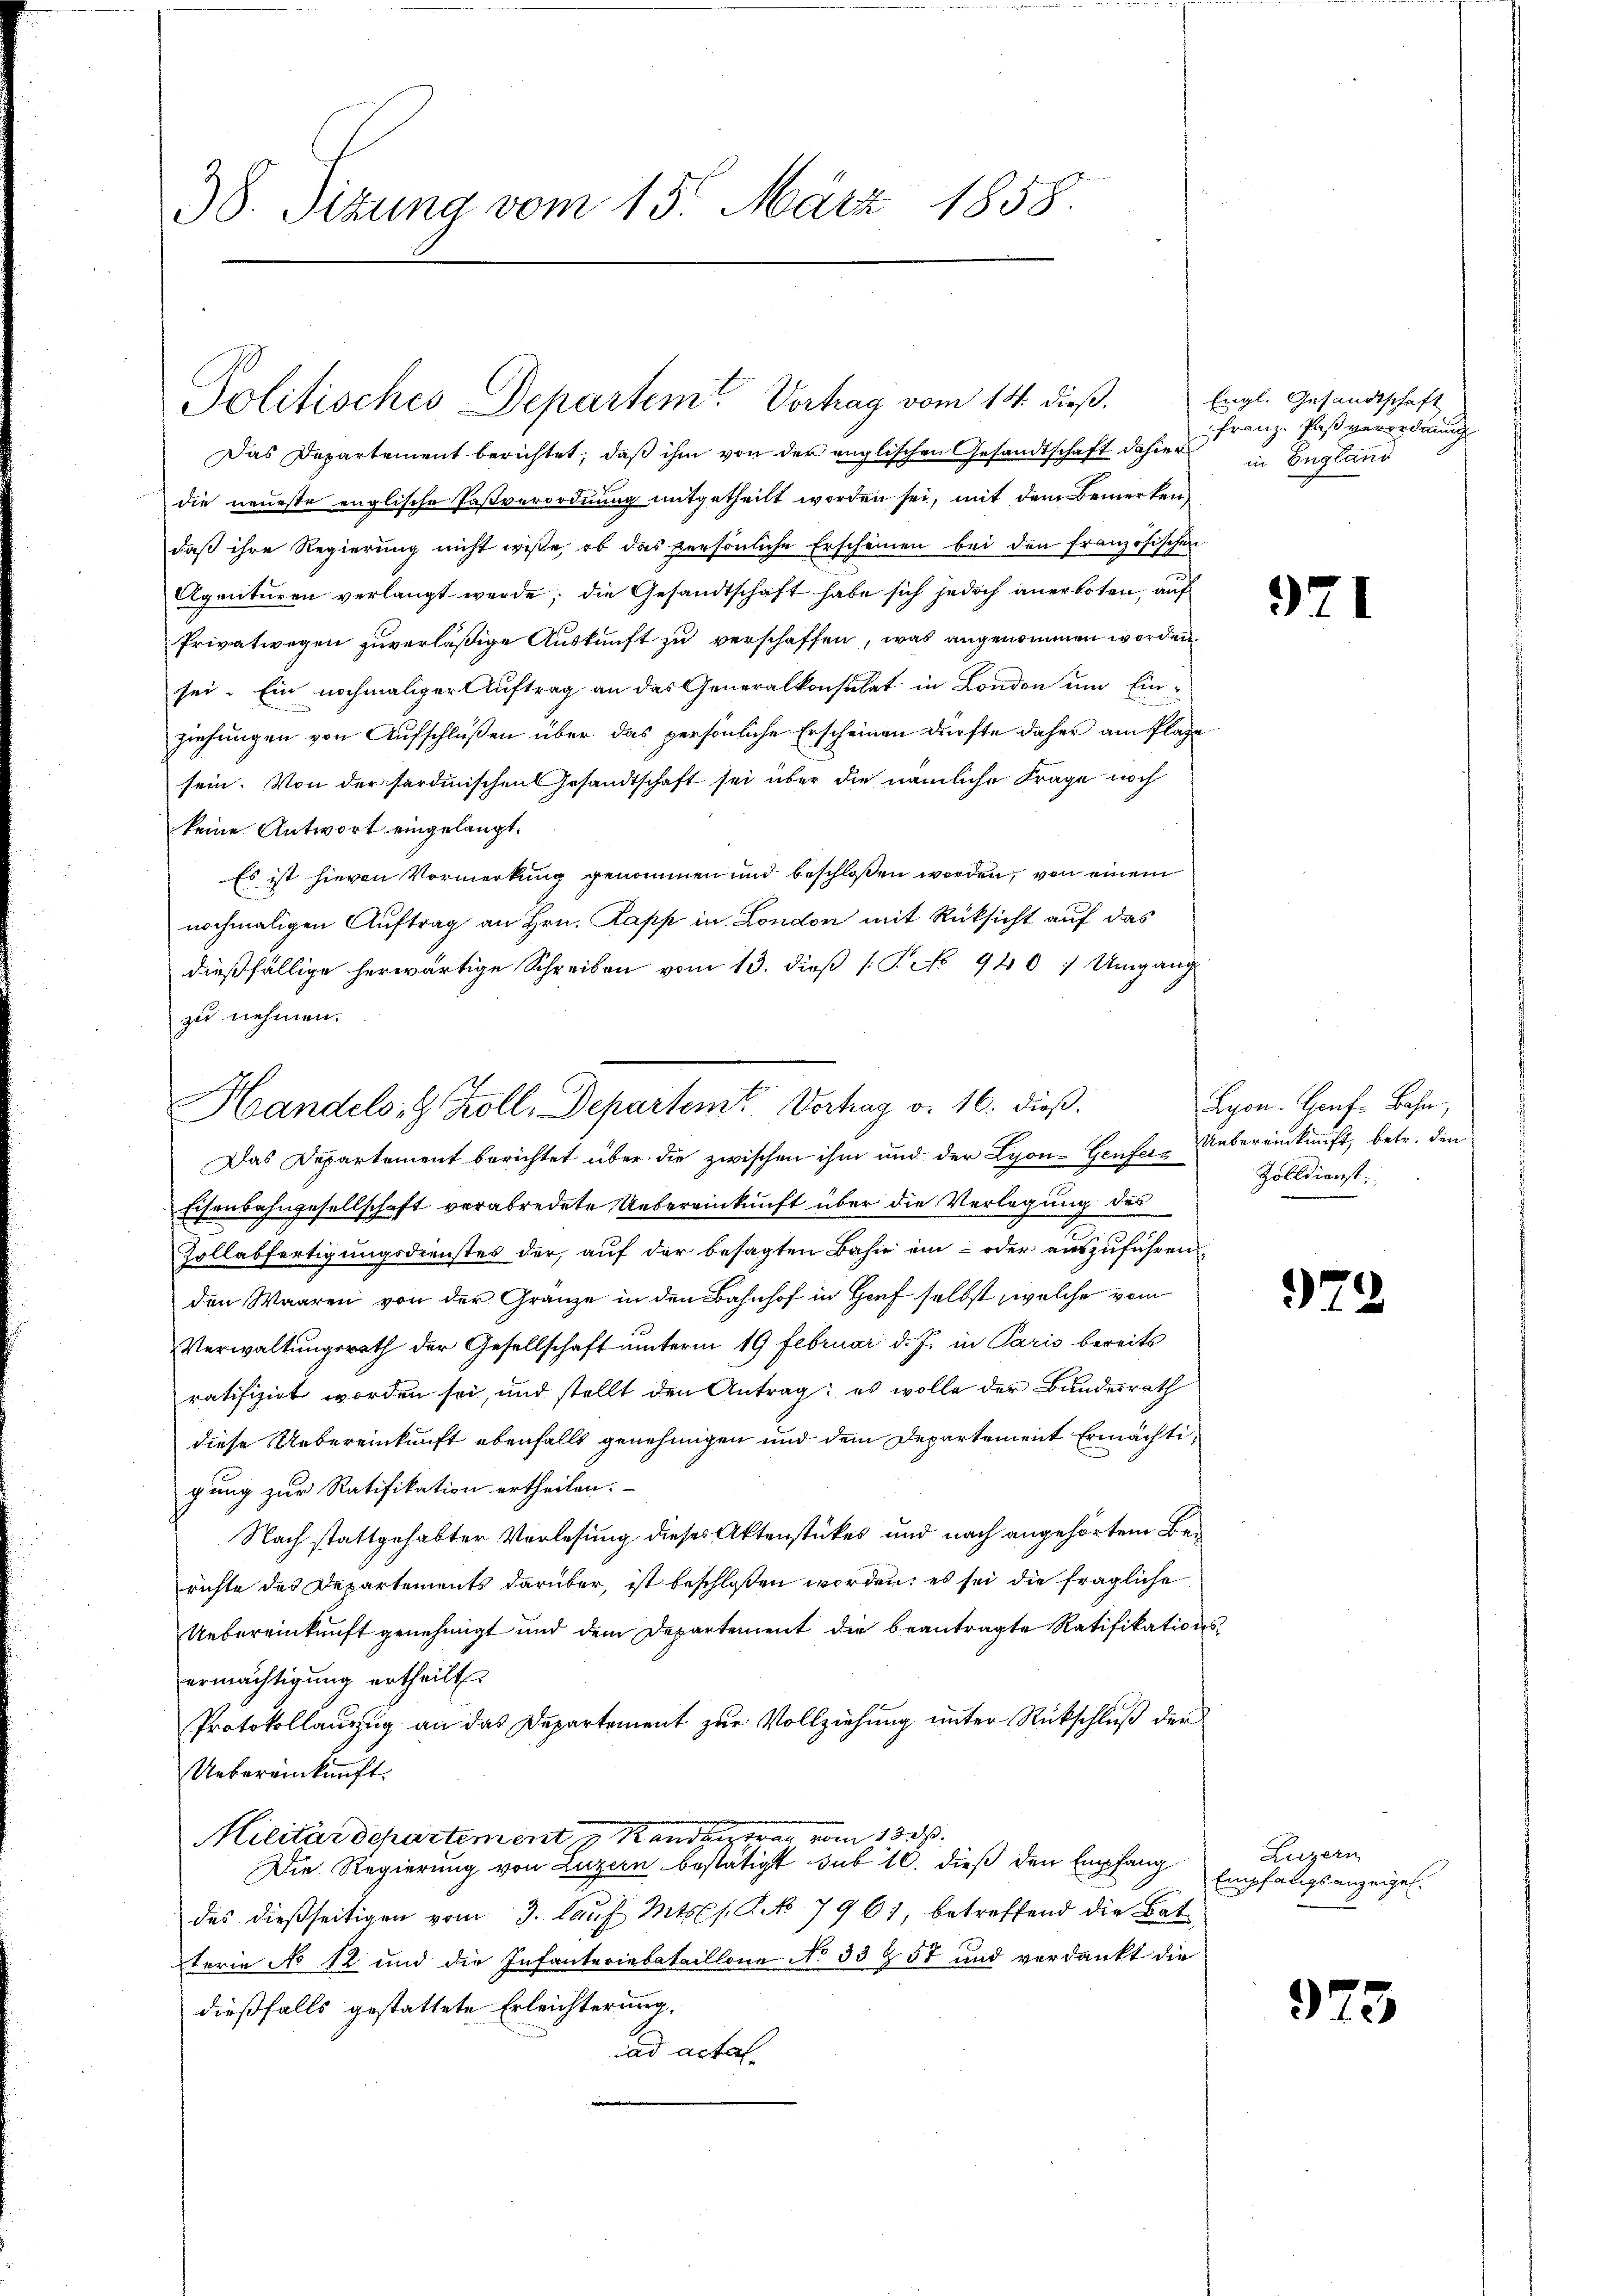
38. Sizung vom 15. März 1858.

Jolitisches Departem Vortrag vom 14. dieß.

Das Departement berichtet, daß ihm von der englischen Gesandtschaft dahier England
die neueste englische Pastverordnung mitgetheilt worden sei, mit dem Bemerken,
daß ihre Regierung nicht wisse, ob das persönliche Erscheinen bei den französischen
Agacituren verlangt werde; die Gesandtschaft habe sich jedoch anerboten, auf
Privatwegen zuverläßige Auskunft zu verschaffen, was angenommen worden.
sei. Ein nochmaliger Auftrag an das Generalkonsulat in London um Ein-
ziehungen von Aufschlüßen über das persönliche Erscheinen dürfte daher am Plage
sein. Von der sardinischen Gesandtschaft sei über die nämliche Frage noch
keine Antwort eingelangt.
Es ist hievon Vormerkung genommen und beschloßen worden, von einem
nochmaligen Auftrag an Hrn. Papp in London mit Rüksicht auf das
dießfällige herwärtige Schreiben vom 13. dieß P. No 940 / Umgang
zu nehmen.
Das Departement berichtet über die zwischen ihm und der Lyon- Genfer-Uebereinkunft, betr. den
Eisenbahngesellschaft verabredete Uebereinkunft über die Verlegung des
Zollabfertigungsdienstes der auf der besagten Bahn ein – oder auszuführen
den Waaren von der Gränze in den Bahnhof in Horf selbst, welche vom
Verwaltungsrath der Gesellschaft unterm 19 Februar d. J. in Paris bereits
ratifizirt worden sei, und stellt den Antrag: es wolle der Bundesrath
diese Uebereinkunft ebenfalls genehmigen und dem Departement Ermächtigung zur Ratifikation ertheilen.
Nach stattgehabter Vorlesung dieses Aktenstückes und nach angehörtem Berichte des Departements darüber, ist beschlossen worden; es sei die fragliche
Uebereinkunft genehmigt und dem Departement die beantragte Ratifikationsermächtigung ertheilt.
Protokollauszug an das Departement zur Vollziehung unter Rückschluß der
Uebereinkunft.
Militärdepartement  Rand vom 13. ds.
Die Regierung von Luzern bestätigt sub 10. dieß den Empfang
des dießseitigen vom 3. Laus. Mts. Art. 796), betreffend die Bat
terie No 12 und die Infanteriebataillone No 33 § 57 und verdankt die
dießfalls gestattete Erleichterung.
ad actat

Handels- & Zoll, Departem Verhag v. 16. dieß.

Engl. Gesandtschaft
Franz Paß verordnung

971

Lyon-Honf-Bahn,
Zolldienst

973

Luzern
Empfangsanzeigel.

975